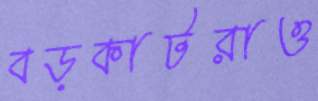
বড়কাটরাও